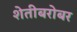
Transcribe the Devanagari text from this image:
शेतीबरोबर